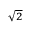
\scriptstyle { \sqrt { 2 } }